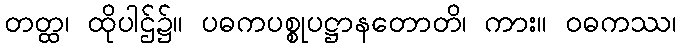
တတ္ထ၊ ထိုပါဌ်၌။ ပဓကပစ္စုပဋ္ဌာနတောတိ၊ ကား။ ဝဓကဿ၊